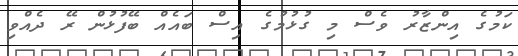
ކަމުގެ އިންޒާރު ވެސް މި ގުޅުމުގެ އިސް ބައެއް ބޭފުޅުން ރޭ ދެއްވި